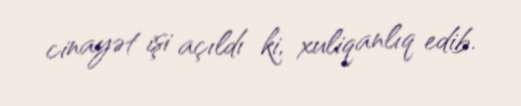
cinayət işi açıldı ki, xuliqanlıq edib.